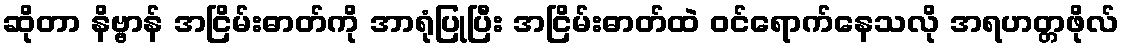
ဆိုတာ နိဗ္ဗာန် အငြိမ်းဓာတ်ကို အာရုံပြုပြီး အငြိမ်းဓာတ်ထဲ ဝင်ရောက်နေသလို အရဟတ္တဖိုလ်